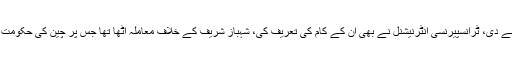
سابق وزیر اعظم نے کہا کہ شہباز شریف نے اپنی دیانتداری پر کسی کو انگلی نہیں اٹھانے دی، ٹرانسپیرنسی انٹرنیشنل نے بھی ان کے کام کی تعریف کی، شہباز شریف کے خلاف معاملہ اٹھا تھا جس پر چین کی حکومت نے وضاحت جاری کی، چین کی وضاحت سے تنقید کرنے والوں کو منہ کی کھانا پڑی۔